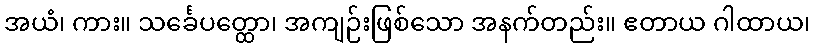
အယံ၊ ကား။ သင်္ခေပတ္ထော၊ အကျဉ်းဖြစ်သော အနက်တည်း။ ဧတာယ ဂါထာယ၊